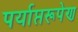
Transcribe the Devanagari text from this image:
पर्याप्तरूपेण